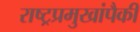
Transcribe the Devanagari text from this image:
राष्ट्रप्रमुखांपैकी